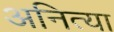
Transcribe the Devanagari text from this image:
अनित्या